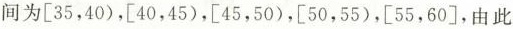
间为[35，40)，[40，45)，[45，50)，[50，55)，[55，60]，由此